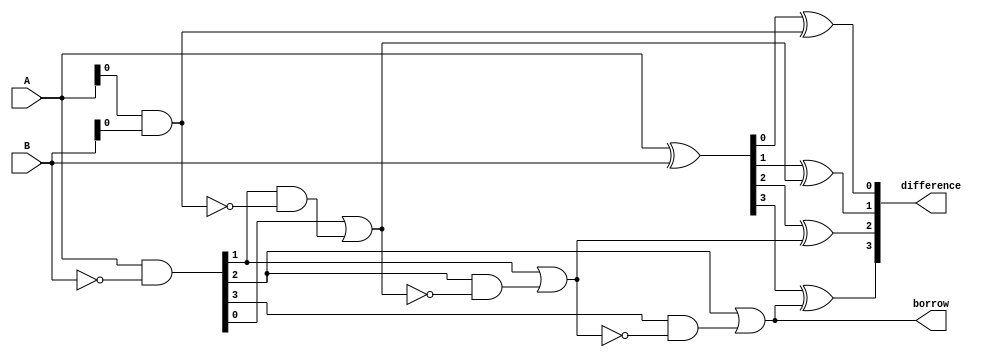
module subtractor(input [3:0] A, B,
                  output [3:0] difference,
                  output borrow);

  wire [3:0] P, G, C, D;

  assign P = A ^ B;
  assign G = A & ~B;
  assign C[0] = A[0] & B[0];
  assign D[0] = P[0] ^ C[0];
  
  assign C[1] = G[0] | (G[1] & ~C[0]);
  assign D[1] = P[1] ^ C[1];

  assign C[2] = G[1] | (G[2] & ~C[1]);
  assign D[2] = P[2] ^ C[2];

  assign C[3] = G[2] | (G[3] & ~C[2]);
  assign D[3] = P[3] ^ C[3];

  assign difference = D;
  assign borrow = C[3];

endmodule